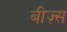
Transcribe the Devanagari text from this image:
बीज़्स